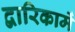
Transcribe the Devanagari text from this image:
द्वारिकामें